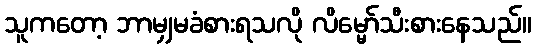
သူကတော့ ဘာမျှမခံစားရသလို လိမ္မော်သီးစားနေသည်။